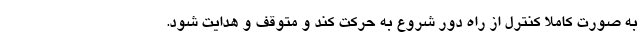
به صورت کاملا کنترل از راه دور شروع به حرکت کند و متوقف و هدایت شود.